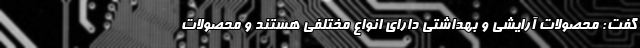
گفت: محصولات آرایشی و بهداشتی دارای انواع مختلفی هستند و محصولات